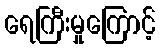
ရေကြီးမှုကြောင့်